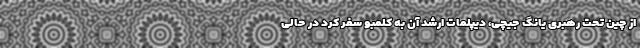
از چین تحت رهبری یانگ جیچی، دیپلمات ارشد آن به کلمبو سفر کرد در حالی